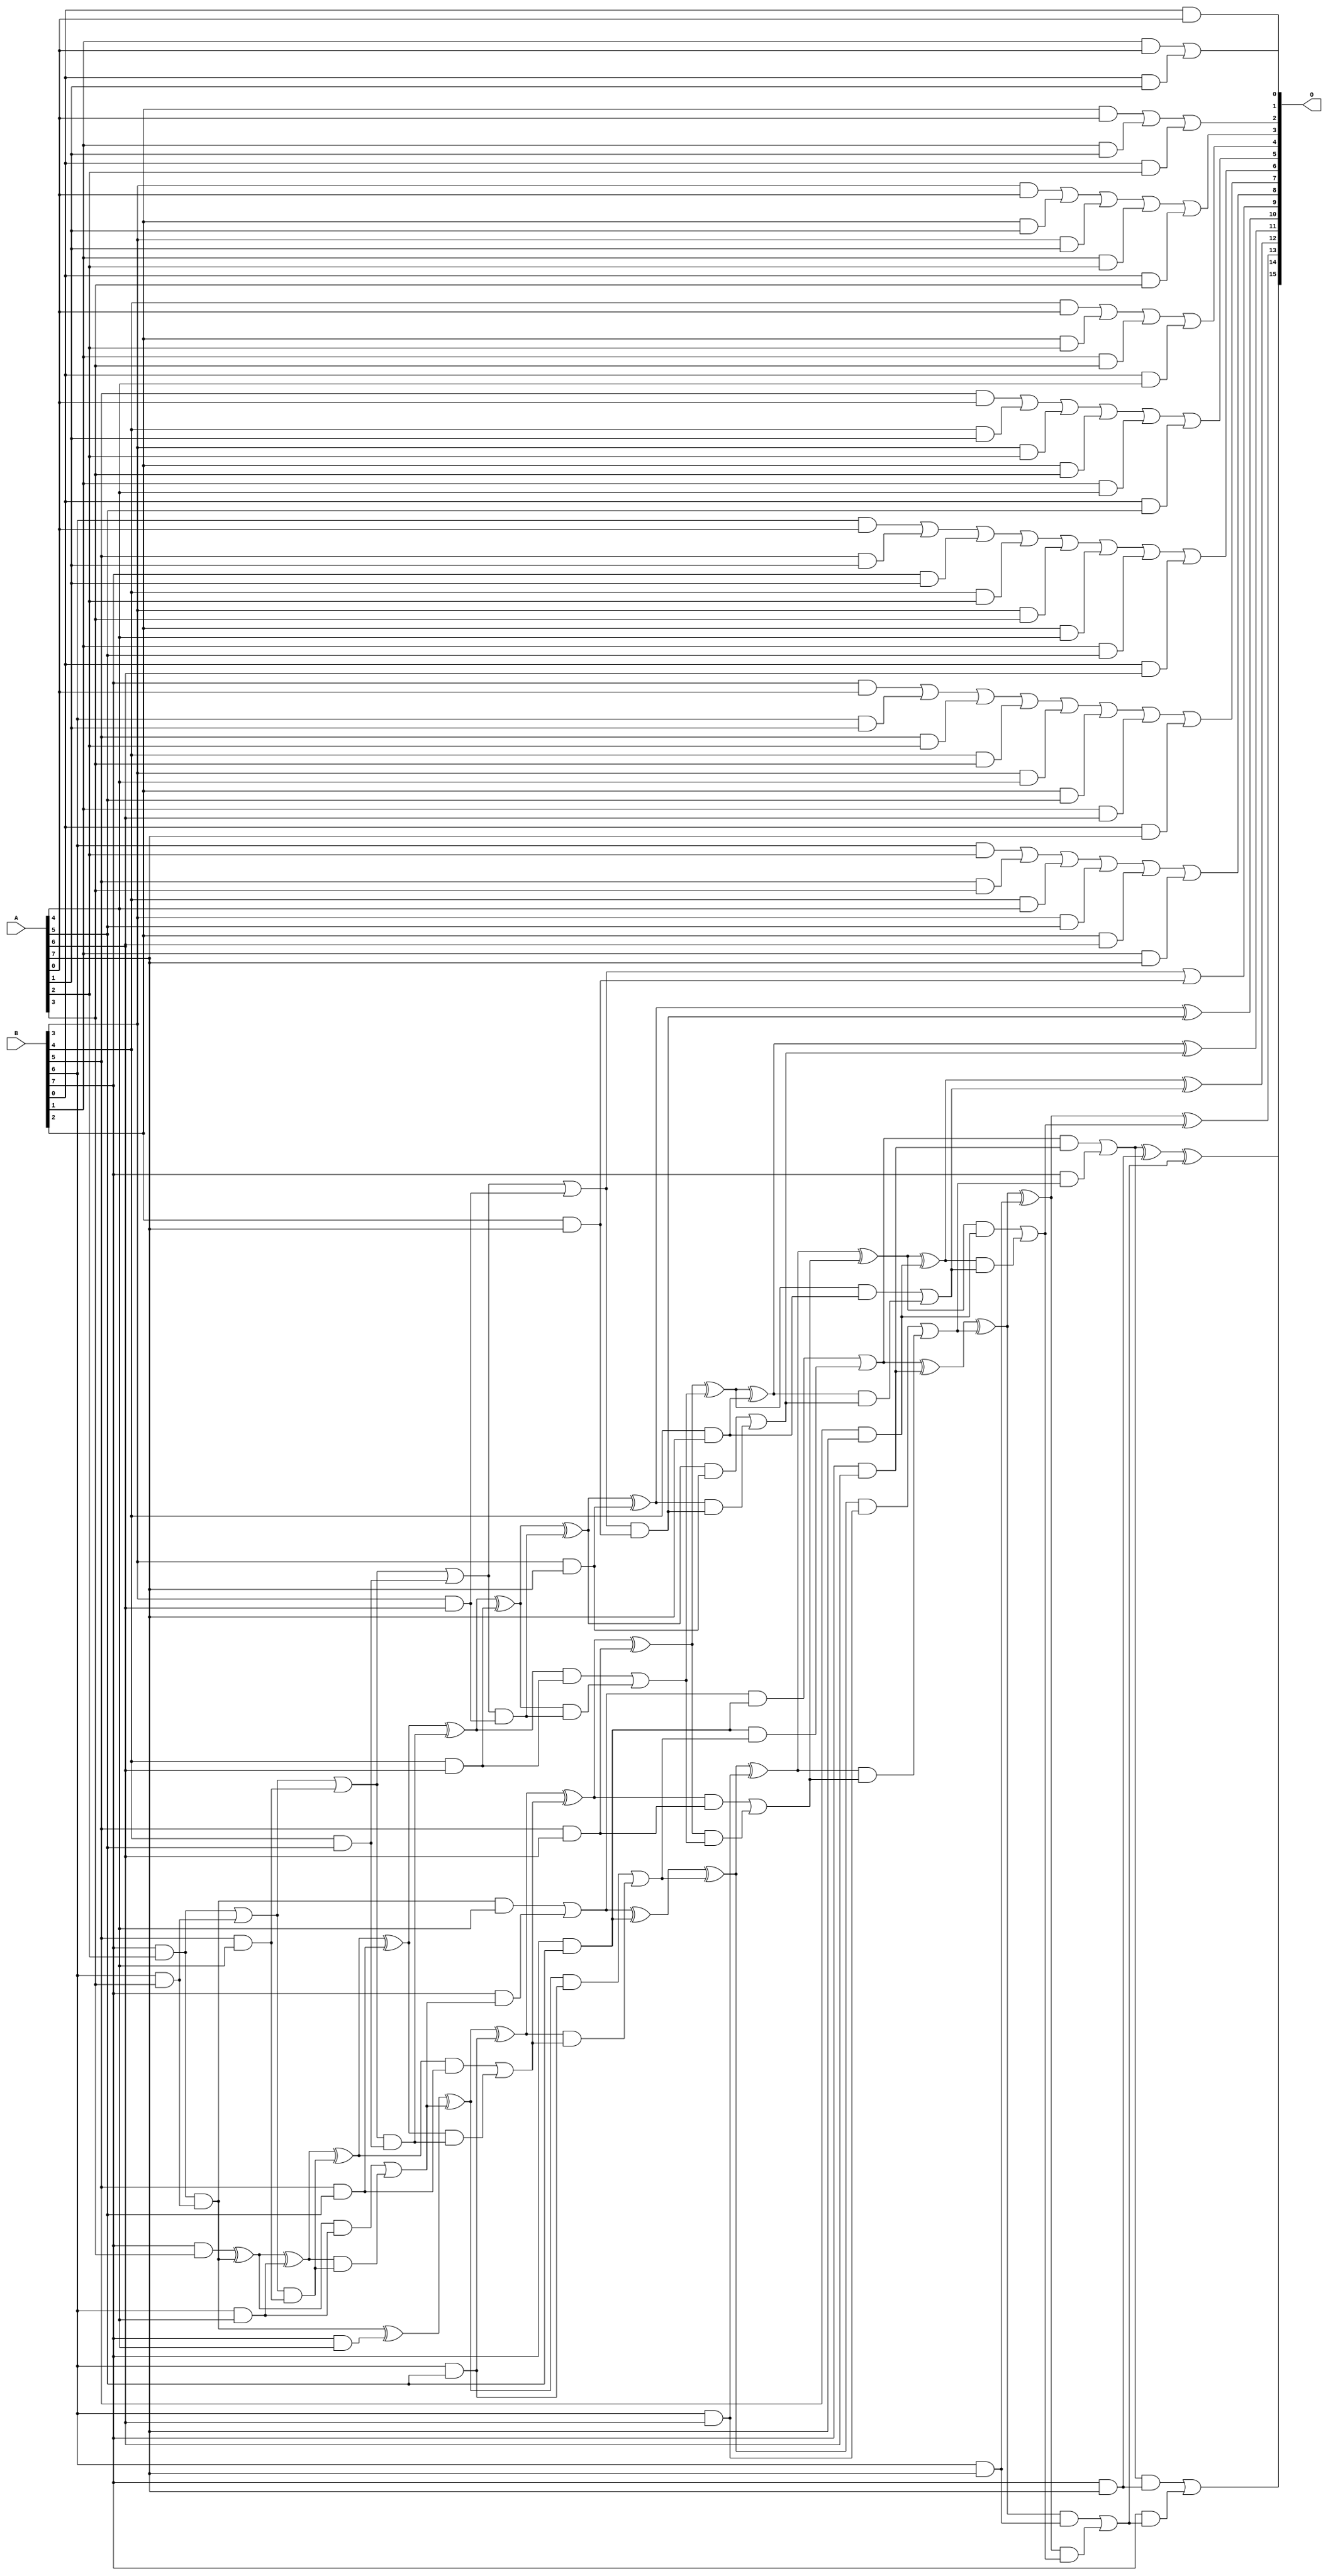
/***
* This code is a part of EvoApproxLib library (ehw.fit.vutbr.cz/approxlib) distributed under The MIT License.
* When used, please cite the following article(s): V. Mrazek, R. Hrbacek, Z. Vasicek and L. Sekanina, "EvoApprox8b: Library of approximate adders and multipliers for circuit design and benchmarking of approximation methods". Design, Automation & Test in Europe Conference & Exhibition (DATE), 2017, Lausanne, 2017, pp. 258-261. doi: 10.23919/DATE.2017.7926993 
* This file contains a circuit from a sub-set of pareto optimal circuits with respect to the pwr and mre parameters
***/
// MAE% = 0.43 %
// MAE = 284 
// WCE% = 2.15 %
// WCE = 1408 
// WCRE% = 80.00 %
// EP% = 87.31 %
// MRE% = 4.20 %
// MSE = 139814 
// PDK45_PWR = 0.142 mW
// PDK45_AREA = 390.5 um2
// PDK45_DELAY = 1.09 ns

module mul8u_12N4 (
    A,
    B,
    O
);

input [7:0] A;
input [7:0] B;
output [15:0] O;

wire sig_16,sig_17,sig_18,sig_19,sig_20,sig_21,sig_22,sig_23,sig_24,sig_25,sig_26,sig_27,sig_28,sig_29,sig_30,sig_31,sig_32,sig_34,sig_39,sig_42;
wire sig_49,sig_54,sig_57,sig_59,sig_66,sig_67,sig_68,sig_69,sig_70,sig_71,sig_72,sig_74,sig_76,sig_81,sig_86,sig_91,sig_99,sig_103,sig_105,sig_106;
wire sig_111,sig_112,sig_113,sig_114,sig_115,sig_116,sig_117,sig_118,sig_119,sig_121,sig_126,sig_131,sig_136,sig_141,sig_147,sig_149,sig_154,sig_155,sig_156,sig_157;
wire sig_158,sig_159,sig_160,sig_161,sig_162,sig_163,sig_164,sig_166,sig_171,sig_176,sig_181,sig_186,sig_187,sig_191,sig_192,sig_193,sig_194,sig_195,sig_196,sig_197;
wire sig_198,sig_199,sig_200,sig_201,sig_202,sig_203,sig_204,sig_205,sig_206,sig_207,sig_208,sig_209,sig_211,sig_216,sig_221,sig_226,sig_227,sig_231,sig_232,sig_233;
wire sig_234,sig_235,sig_236,sig_237,sig_238,sig_239,sig_240,sig_241,sig_242,sig_243,sig_244,sig_245,sig_246,sig_247,sig_248,sig_249,sig_250,sig_251,sig_252,sig_253;
wire sig_254,sig_256,sig_261,sig_266,sig_267,sig_271,sig_272,sig_273,sig_274,sig_275,sig_276,sig_277,sig_278,sig_279,sig_280,sig_281,sig_282,sig_283,sig_284,sig_285;
wire sig_286,sig_287,sig_288,sig_289,sig_290,sig_291,sig_292,sig_293,sig_294,sig_295,sig_296,sig_297,sig_298,sig_299,sig_301,sig_306,sig_307,sig_311,sig_312,sig_313;
wire sig_314,sig_315,sig_316,sig_317,sig_318,sig_319,sig_320,sig_321,sig_322,sig_323,sig_324,sig_325,sig_326,sig_327,sig_328,sig_329,sig_330,sig_331,sig_332,sig_333;
wire sig_334,sig_335;

assign sig_16 = B[0] & A[0];
assign sig_17 = B[1] & A[0];
assign sig_18 = B[2] & A[0];
assign sig_19 = B[3] & A[0];
assign sig_20 = B[4] & A[0];
assign sig_21 = B[5] & A[0];
assign sig_22 = B[6] & A[0];
assign sig_23 = B[7] & A[0];
assign sig_24 = B[0] & A[1];
assign sig_25 = B[1] & A[1];
assign sig_26 = B[2] & A[1];
assign sig_27 = B[3] & A[1];
assign sig_28 = B[4] & A[1];
assign sig_29 = B[5] & A[1];
assign sig_30 = B[6] & A[1];
assign sig_31 = B[7] & A[1];
assign sig_32 = sig_17 | sig_24;
assign sig_34 = sig_18 | sig_25;
assign sig_39 = sig_19 | sig_26;
assign sig_42 = sig_39 | sig_27;
assign sig_49 = sig_21 | sig_28;
assign sig_54 = sig_22 | sig_29;
assign sig_57 = sig_54 | sig_31;
assign sig_59 = sig_23 | sig_30;
assign sig_66 = B[0] & A[2];
assign sig_67 = B[1] & A[2];
assign sig_68 = B[2] & A[2];
assign sig_69 = B[3] & A[2];
assign sig_70 = B[4] & A[2];
assign sig_71 = B[5] & A[2];
assign sig_72 = B[6] & A[2];
assign sig_74 = sig_34 | sig_66;
assign sig_76 = sig_42 | sig_67;
assign sig_81 = sig_20 | sig_68;
assign sig_86 = sig_49 | sig_69;
assign sig_91 = sig_57 | sig_70;
assign sig_99 = sig_59 | sig_71;
assign sig_103 = ~B[6];
assign sig_105 = ~(B[6] | sig_103);
assign sig_106 = B[7] & A[2];
assign sig_111 = B[0] & A[3];
assign sig_112 = B[1] & A[3];
assign sig_113 = B[2] & A[3];
assign sig_114 = B[3] & A[3];
assign sig_115 = B[4] & A[3];
assign sig_116 = B[5] & A[3];
assign sig_117 = B[6] & A[3];
assign sig_118 = B[7] & A[3];
assign sig_119 = sig_76 | sig_111;
assign sig_121 = sig_81 | sig_112;
assign sig_126 = sig_86 | sig_113;
assign sig_131 = sig_91 | sig_114;
assign sig_136 = sig_99 | sig_115;
assign sig_141 = sig_72 | sig_116;
assign sig_147 = sig_106 & sig_117;
assign sig_149 = sig_106 | sig_117;
assign sig_154 = sig_118 ^ sig_147;
assign sig_155 = sig_147 | sig_105;
assign sig_156 = B[0] & A[4];
assign sig_157 = B[1] & A[4];
assign sig_158 = B[2] & A[4];
assign sig_159 = B[3] & A[4];
assign sig_160 = B[4] & A[4];
assign sig_161 = B[5] & A[4];
assign sig_162 = B[6] & A[4];
assign sig_163 = B[7] & A[4];
assign sig_164 = sig_121 | sig_156;
assign sig_166 = sig_126 | sig_157;
assign sig_171 = sig_131 | sig_158;
assign sig_176 = sig_136 | sig_159;
assign sig_181 = sig_141 | sig_160;
assign sig_186 = sig_149 | sig_161;
assign sig_187 = sig_149 & sig_161;
assign sig_191 = sig_154 ^ sig_162;
assign sig_192 = sig_154 & sig_162;
assign sig_193 = sig_191 & sig_187;
assign sig_194 = sig_191 ^ sig_187;
assign sig_195 = sig_192 | sig_193;
assign sig_196 = sig_155 ^ sig_163;
assign sig_197 = sig_155 & A[4];
assign sig_198 = B[7] & sig_195;
assign sig_199 = sig_196 ^ sig_195;
assign sig_200 = sig_197 | sig_198;
assign sig_201 = B[0] & A[5];
assign sig_202 = B[1] & A[5];
assign sig_203 = B[2] & A[5];
assign sig_204 = B[3] & A[5];
assign sig_205 = B[4] & A[5];
assign sig_206 = B[5] & A[5];
assign sig_207 = B[6] & A[5];
assign sig_208 = B[7] & A[5];
assign sig_209 = sig_166 | sig_201;
assign sig_211 = sig_171 | sig_202;
assign sig_216 = sig_176 | sig_203;
assign sig_221 = sig_181 | sig_204;
assign sig_226 = sig_186 | sig_205;
assign sig_227 = sig_186 & sig_205;
assign sig_231 = sig_194 ^ sig_206;
assign sig_232 = sig_194 & sig_206;
assign sig_233 = sig_231 & sig_227;
assign sig_234 = sig_231 ^ sig_227;
assign sig_235 = sig_232 | sig_233;
assign sig_236 = sig_199 ^ sig_207;
assign sig_237 = sig_199 & sig_207;
assign sig_238 = sig_236 & sig_235;
assign sig_239 = sig_236 ^ sig_235;
assign sig_240 = sig_237 | sig_238;
assign sig_241 = sig_200 ^ sig_208;
assign sig_242 = sig_200 & sig_208;
assign sig_243 = sig_208 & sig_240;
assign sig_244 = sig_241 ^ sig_240;
assign sig_245 = sig_242 | sig_243;
assign sig_246 = B[0] & A[6];
assign sig_247 = B[1] & A[6];
assign sig_248 = B[2] & A[6];
assign sig_249 = B[3] & A[6];
assign sig_250 = B[4] & A[6];
assign sig_251 = B[5] & A[6];
assign sig_252 = B[6] & A[6];
assign sig_253 = B[7] & A[6];
assign sig_254 = sig_211 | sig_246;
assign sig_256 = sig_216 | sig_247;
assign sig_261 = sig_221 | sig_248;
assign sig_266 = sig_226 | sig_249;
assign sig_267 = sig_226 & sig_249;
assign sig_271 = sig_234 ^ sig_250;
assign sig_272 = sig_234 & sig_250;
assign sig_273 = sig_271 & sig_267;
assign sig_274 = sig_271 ^ sig_267;
assign sig_275 = sig_272 | sig_273;
assign sig_276 = sig_239 ^ sig_251;
assign sig_277 = sig_239 & sig_251;
assign sig_278 = sig_276 & sig_275;
assign sig_279 = sig_276 ^ sig_275;
assign sig_280 = sig_277 | sig_278;
assign sig_281 = sig_244 ^ sig_252;
assign sig_282 = sig_244 & sig_252;
assign sig_283 = sig_281 & sig_280;
assign sig_284 = sig_281 ^ sig_280;
assign sig_285 = sig_282 | sig_283;
assign sig_286 = sig_245 ^ sig_253;
assign sig_287 = sig_245 & sig_253;
assign sig_288 = B[7] & sig_285;
assign sig_289 = sig_286 ^ sig_285;
assign sig_290 = sig_287 | sig_288;
assign sig_291 = B[0] & A[7];
assign sig_292 = B[1] & A[7];
assign sig_293 = B[2] & A[7];
assign sig_294 = B[3] & A[7];
assign sig_295 = B[4] & A[7];
assign sig_296 = B[5] & A[7];
assign sig_297 = B[6] & A[7];
assign sig_298 = B[7] & A[7];
assign sig_299 = sig_256 | sig_291;
assign sig_301 = sig_261 | sig_292;
assign sig_306 = sig_266 | sig_293;
assign sig_307 = sig_266 & sig_293;
assign sig_311 = sig_274 ^ sig_294;
assign sig_312 = sig_274 & sig_294;
assign sig_313 = sig_311 & sig_307;
assign sig_314 = sig_311 ^ sig_307;
assign sig_315 = sig_312 | sig_313;
assign sig_316 = sig_279 ^ sig_295;
assign sig_317 = sig_279 & sig_295;
assign sig_318 = sig_316 & sig_315;
assign sig_319 = sig_316 ^ sig_315;
assign sig_320 = sig_317 | sig_318;
assign sig_321 = sig_284 ^ sig_296;
assign sig_322 = sig_284 & sig_296;
assign sig_323 = sig_321 & sig_320;
assign sig_324 = sig_321 ^ sig_320;
assign sig_325 = sig_322 | sig_323;
assign sig_326 = sig_289 ^ sig_297;
assign sig_327 = sig_289 & sig_297;
assign sig_328 = sig_326 & sig_325;
assign sig_329 = sig_326 ^ sig_325;
assign sig_330 = sig_327 | sig_328;
assign sig_331 = sig_290 ^ sig_298;
assign sig_332 = sig_290 & sig_298;
assign sig_333 = B[7] & sig_330;
assign sig_334 = sig_331 ^ sig_330;
assign sig_335 = sig_332 | sig_333;

assign O[15] = sig_335;
assign O[14] = sig_334;
assign O[13] = sig_329;
assign O[12] = sig_324;
assign O[11] = sig_319;
assign O[10] = sig_314;
assign O[9] = sig_306;
assign O[8] = sig_301;
assign O[7] = sig_299;
assign O[6] = sig_254;
assign O[5] = sig_209;
assign O[4] = sig_164;
assign O[3] = sig_119;
assign O[2] = sig_74;
assign O[1] = sig_32;
assign O[0] = sig_16;

endmodule